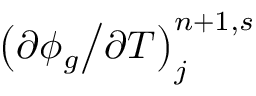
\left( { \partial \phi _ { g } \mathord { \left/ { \vphantom { \partial \phi _ { g } \partial T } } \right. \kern - \nulldelimiterspace } \partial T } \right) _ { j } ^ { n + 1 , s }